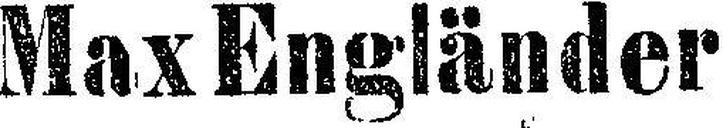
Max Engländer